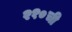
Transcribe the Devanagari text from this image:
२१०ची